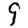
Digit: 9